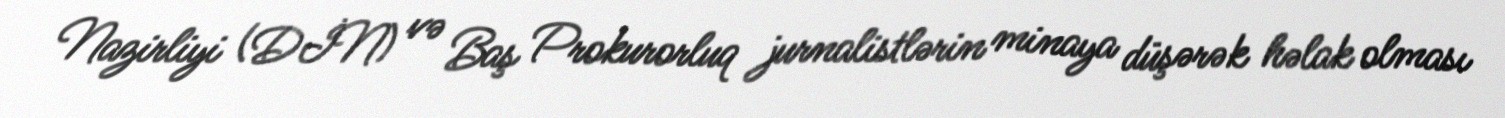
Nazirliyi (DİN) və Baş Prokurorluq jurnalistlərin minaya düşərək həlak olması